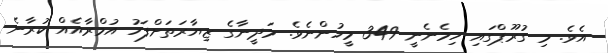
އެވެ. މި ގުރޫޕްގައި ހިމެނެނީ 349 މީހުންނެވެ. މަދީނާގެ ޒިޔާރަތަށްފަހު އުމްރާއެއް ކުރާނެ